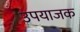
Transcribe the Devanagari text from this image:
उपयाजक